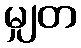
မျှတ